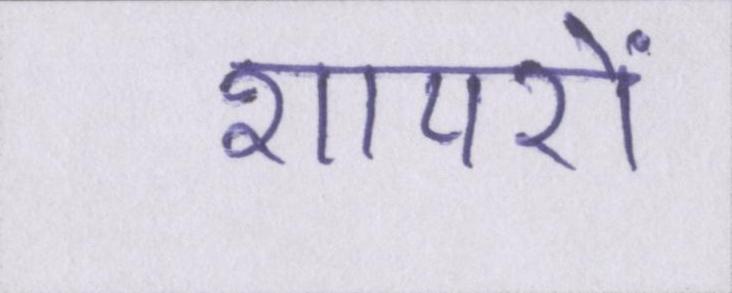
शायरों